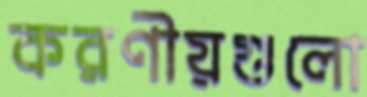
করণীয়গুলো